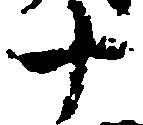
十